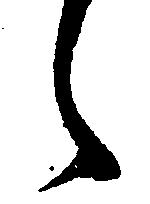
々